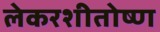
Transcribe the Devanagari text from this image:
लेकरशीतोष्ण